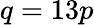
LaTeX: q=13p